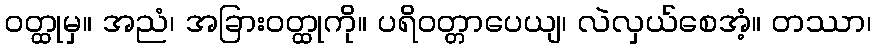
ဝတ္ထုမှ။ အညံ၊ အခြားဝတ္ထုကို။ ပရိဝတ္တာပေယျ၊ လဲလှယ်စေအံ့။ တဿာ၊